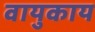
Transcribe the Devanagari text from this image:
वायुकाय